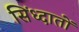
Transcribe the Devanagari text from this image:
सिंध्दातों